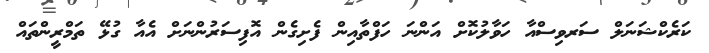
ކަރެކްޝަނަލް ސަރވިސްއާ ހަވާލުކޮށް އަންނަ ހަފްތާއިން ފެށިގެން އޮފިސަރުންނަށް އެއާ ގުޅޭ ތަމްރީންތައް